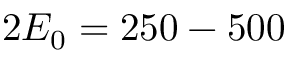
2 E _ { 0 } = 2 5 0 - 5 0 0